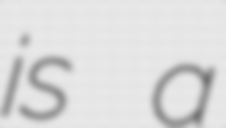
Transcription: is a